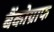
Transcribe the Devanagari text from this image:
बैंकोग्राफ